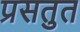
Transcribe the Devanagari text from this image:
प्रसतुत